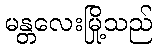
မန္တလေးမြို့သည်